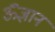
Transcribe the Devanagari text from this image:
ॐज्ञान